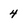
Character: 4